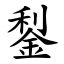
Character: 鋫